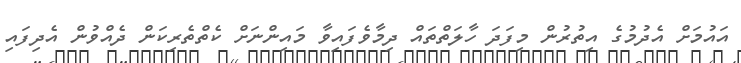
އައުމަށް އެދުމުގެ އިތުރުން މިފަދަ ހާލަތްތައް ދިމާވެފައިވާ މައިންނަށް ކެތްތެރިކަން ދެއްވުން އެދިފައި